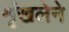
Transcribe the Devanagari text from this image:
शृंखलेने